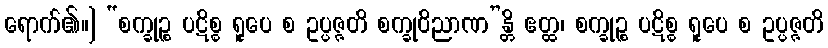
ရောက်၏။] “စက္ခုဉ္စ ပဋိစ္စ ရူပေ စ ဥပ္ပဇ္ဇတိ စက္ခုဝိညာဏ”န္တိ ဧတ္ထ၊ စက္ခုဉ္စ ပဋိစ္စ ရူပေ စ ဥပ္ပဇ္ဇတိ